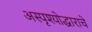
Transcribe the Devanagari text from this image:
अस्पृश्योद्धाराचे